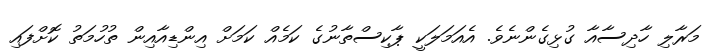
މަރާލި ހާދިސާއާ ގުޅިގެންނެވެ. އެއަމަލަކީ ޕާކިސްތާނުގެ ކަމެއް ކަމަށް އިންޑިއާއިން ތުހުމަތު ކޮށްފައި